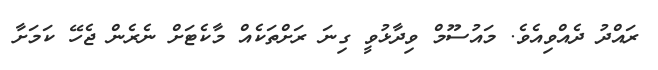
ރައްދު ދެއްވިއެވެ. މައުސޫމް ވިދާޅުވީ ގިނަ ރަށްތަކެއް މާކެޓަށް ނެރެން ޖެހޭ ކަމަށާ